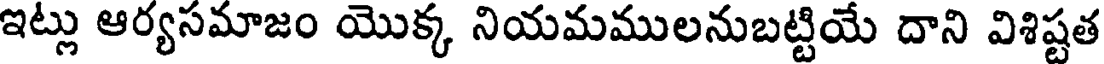
ఇట్లు ఆర్యసమాజం యొక్క నియమములనుబట్టియే దాని విశిష్టత